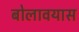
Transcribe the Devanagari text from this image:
बोलावयास